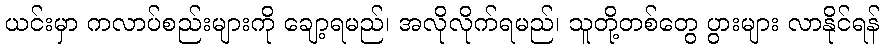
ယင်းမှာ ကလာပ်စည်းများကို ချော့ရမည်၊ အလိုလိုက်ရမည်၊ သူတို့တစ်တွေ ပွားများ လာနိုင်ရန်